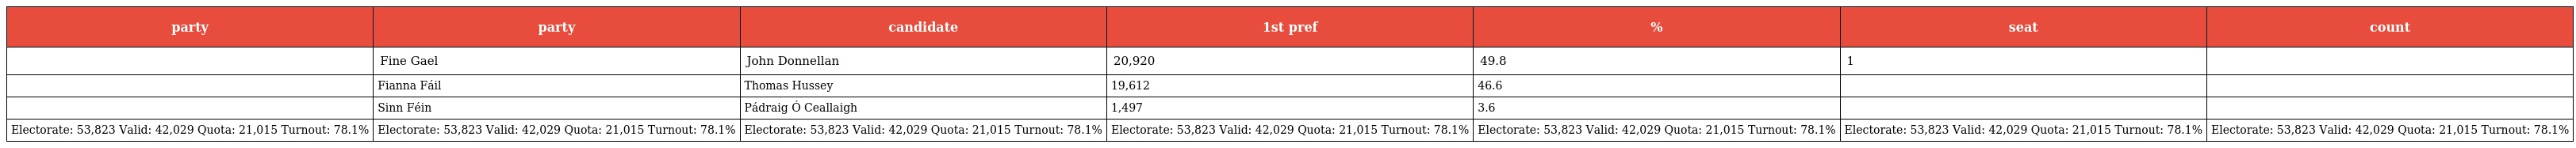
| party | party | candidate | 1st pref | % | seat | count |
 | --- | --- | --- | --- | --- | --- | --- |
 |  | Fine Gael | John Donnellan | 20,920 | 49.8 | 1 |  |
 |  | Fianna Fáil | Thomas Hussey | 19,612 | 46.6 |  |  |
 |  | Sinn Féin | Pádraig Ó Ceallaigh | 1,497 | 3.6 |  |  |
 | Electorate: 53,823 Valid: 42,029 Quota: 21,015 Turnout: 78.1% | Electorate: 53,823 Valid: 42,029 Quota: 21,015 Turnout: 78.1% | Electorate: 53,823 Valid: 42,029 Quota: 21,015 Turnout: 78.1% | Electorate: 53,823 Valid: 42,029 Quota: 21,015 Turnout: 78.1% | Electorate: 53,823 Valid: 42,029 Quota: 21,015 Turnout: 78.1% | Electorate: 53,823 Valid: 42,029 Quota: 21,015 Turnout: 78.1% | Electorate: 53,823 Valid: 42,029 Quota: 21,015 Turnout: 78.1% |